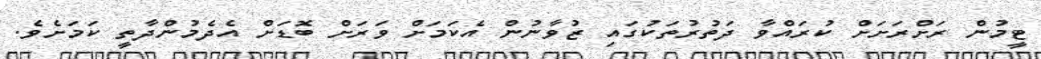
ޓީމުން ރަށްރަށަށް ކުރައްވާ ދަތުރުތަކުގައި ޒުވާނުން އެކަމަށް ވަރަށް ބޮޑަށް އެދެމުންދާތީ ކަމަށެވެ.